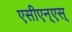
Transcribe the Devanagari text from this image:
एसीएन्एस्